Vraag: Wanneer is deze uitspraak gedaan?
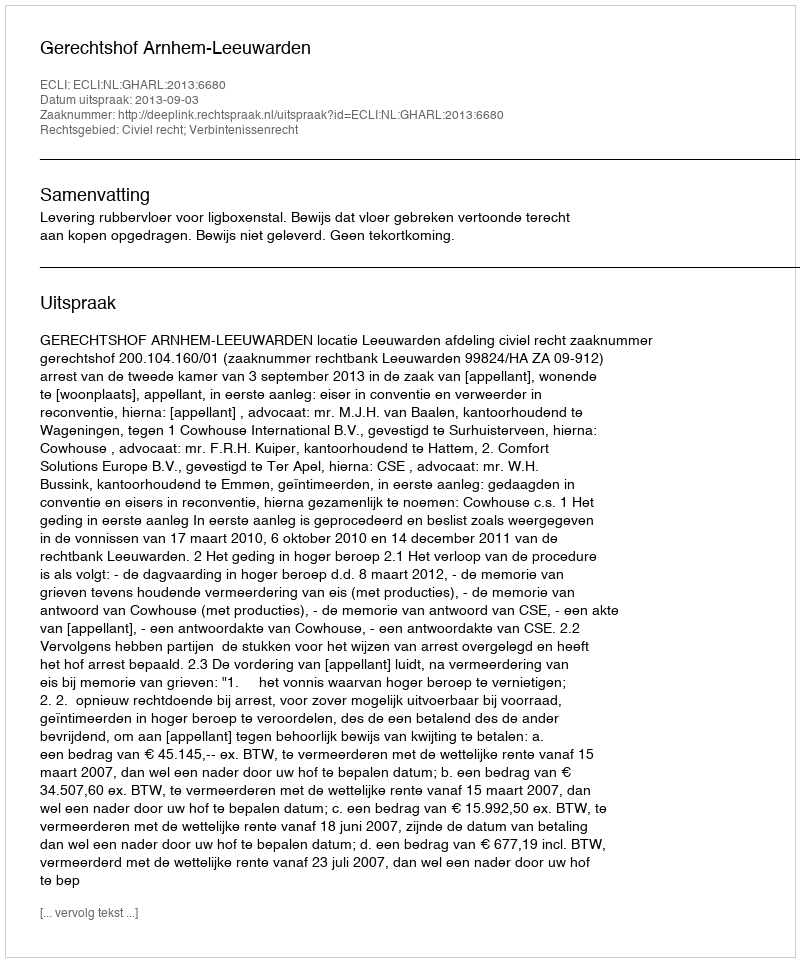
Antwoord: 2013-09-03